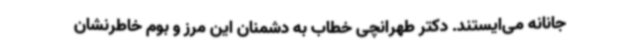
جانانه می‌ایستند. دکتر طهرانچی خطاب به دشمنان این مرز و بوم خاطرنشان